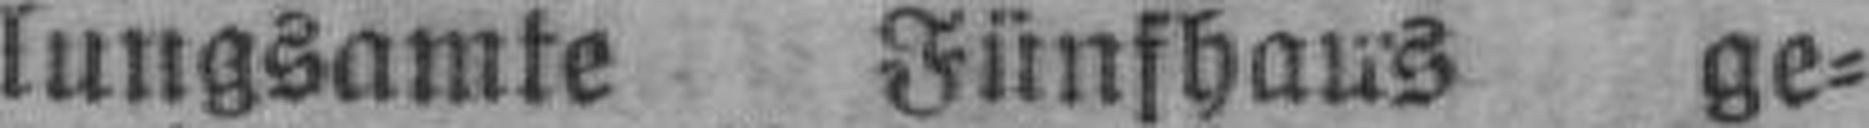
lungsamte Fünfhaus ge¬